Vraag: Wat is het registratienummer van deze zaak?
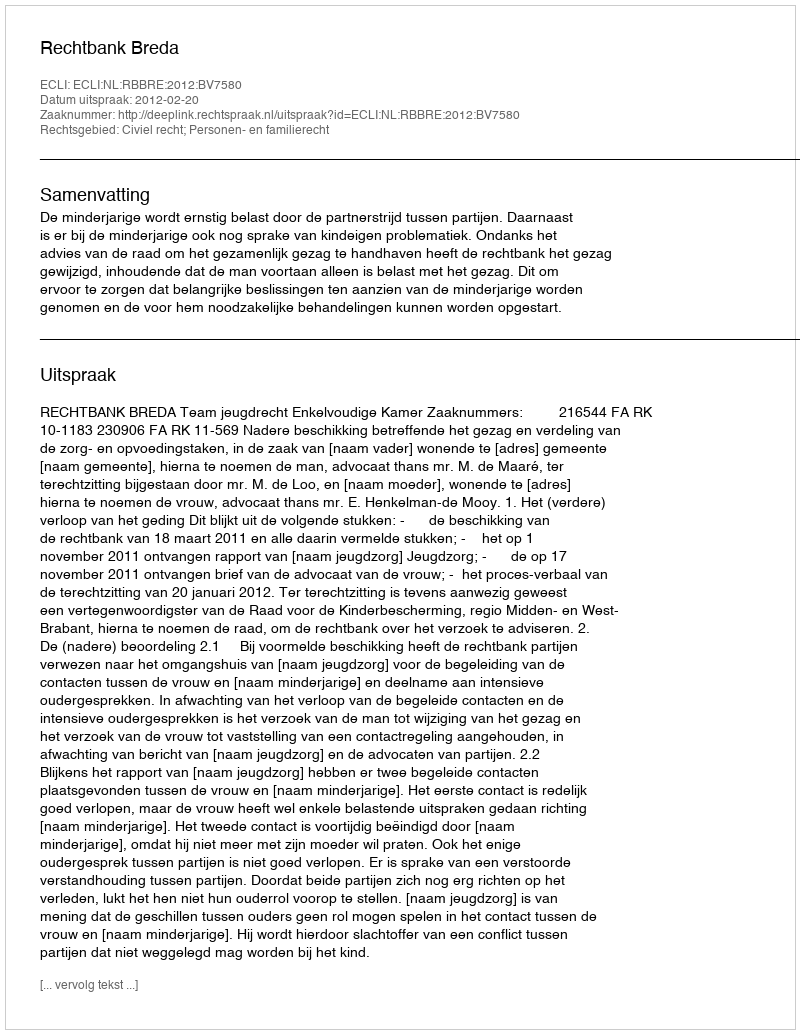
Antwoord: http://deeplink.rechtspraak.nl/uitspraak?id=ECLI:NL:RBBRE:2012:BV7580